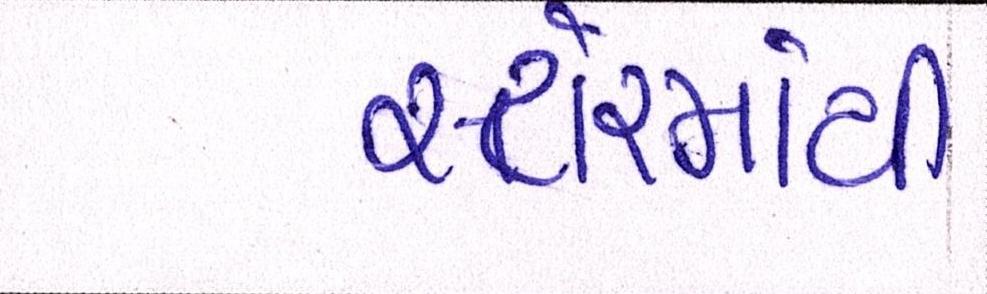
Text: સ્ટોરમાંથી